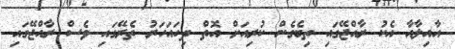
އާއިލާއާ އެކު ރާއްޖޭގައި ތިބެގެން ކުރިއަށް އޮތް ދިހައަހަރު ތެރޭގައި ވެސް ރާއްޖޭގައި